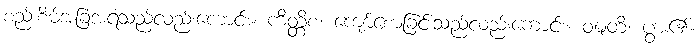
စည်းစိမ်အခြံအရံသည်လည်းကောင်း။ ကိတ္တိစ၊ ကျော်စောခြင်းသည်လည်းကောင်း။ ဝဍ္ဎတိ၊ ပွား၏။